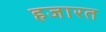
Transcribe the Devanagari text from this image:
हजारत